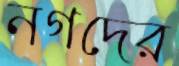
নগদের